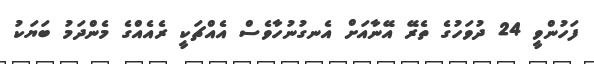
ފަހުންވީ 24 ދުވަހުގެ ތެރޭ އޭނާއަށް އެނގުނުހާވެސް އެއްޗަކީ ރެއެއްގެ މެންދަމު ބަޔަކު